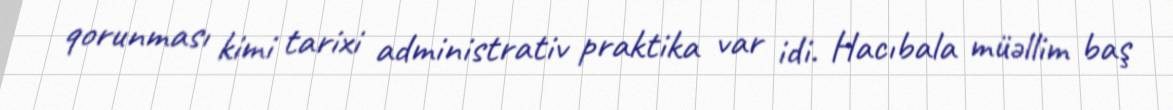
qorunması kimi tarixi administrativ praktika var idi. Hacıbala müəllim baş